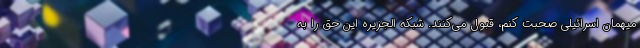
میهمان اسرائیلی صحبت کنم، قبول می‌کنند. شبکه الجزیره این حق را به